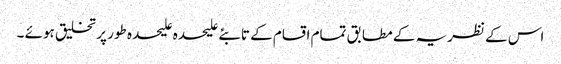
اس کے نظریہ کے مطابق تمام اقسام کے تابئے علیحدہ علیحدہ طور پر تخلیق ہوئے ۔